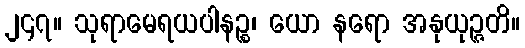
၂၄၇။ သုရာမေရယပါနဉ္စ၊ ယော နရော အနုယုဉ္ဇတိ။